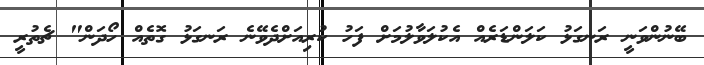
ބޭނުންވަނީ ރަނގަޅު ކަލަންޑަރެއް އެކުލަވާލުމަށް ފަހު ކުރިއަށްދެވޭނެ ރަނގަޅު ގޮތެއް ހޯދަން" ޗެތުރީ